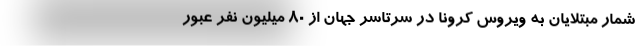
شمار مبتلایان به ویروس کرونا در سرتاسر جهان از 80 میلیون نفر عبور